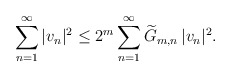
\begin{align*} \sum_{n=1}^\infty |v_n|^2 \le 2^m \sum_{n=1}^\infty \widetilde{G}_{m,n} \, |v_n|^2. \end{align*}